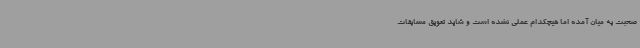
صحبت به میان آمده اما هیچکدام عملی نشده است و شاید تعویق مسابقات